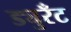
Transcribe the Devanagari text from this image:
ड्युरँट